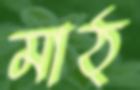
মাঠ্